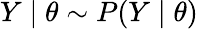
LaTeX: Y\mid\theta\sim P(Y\mid\theta)